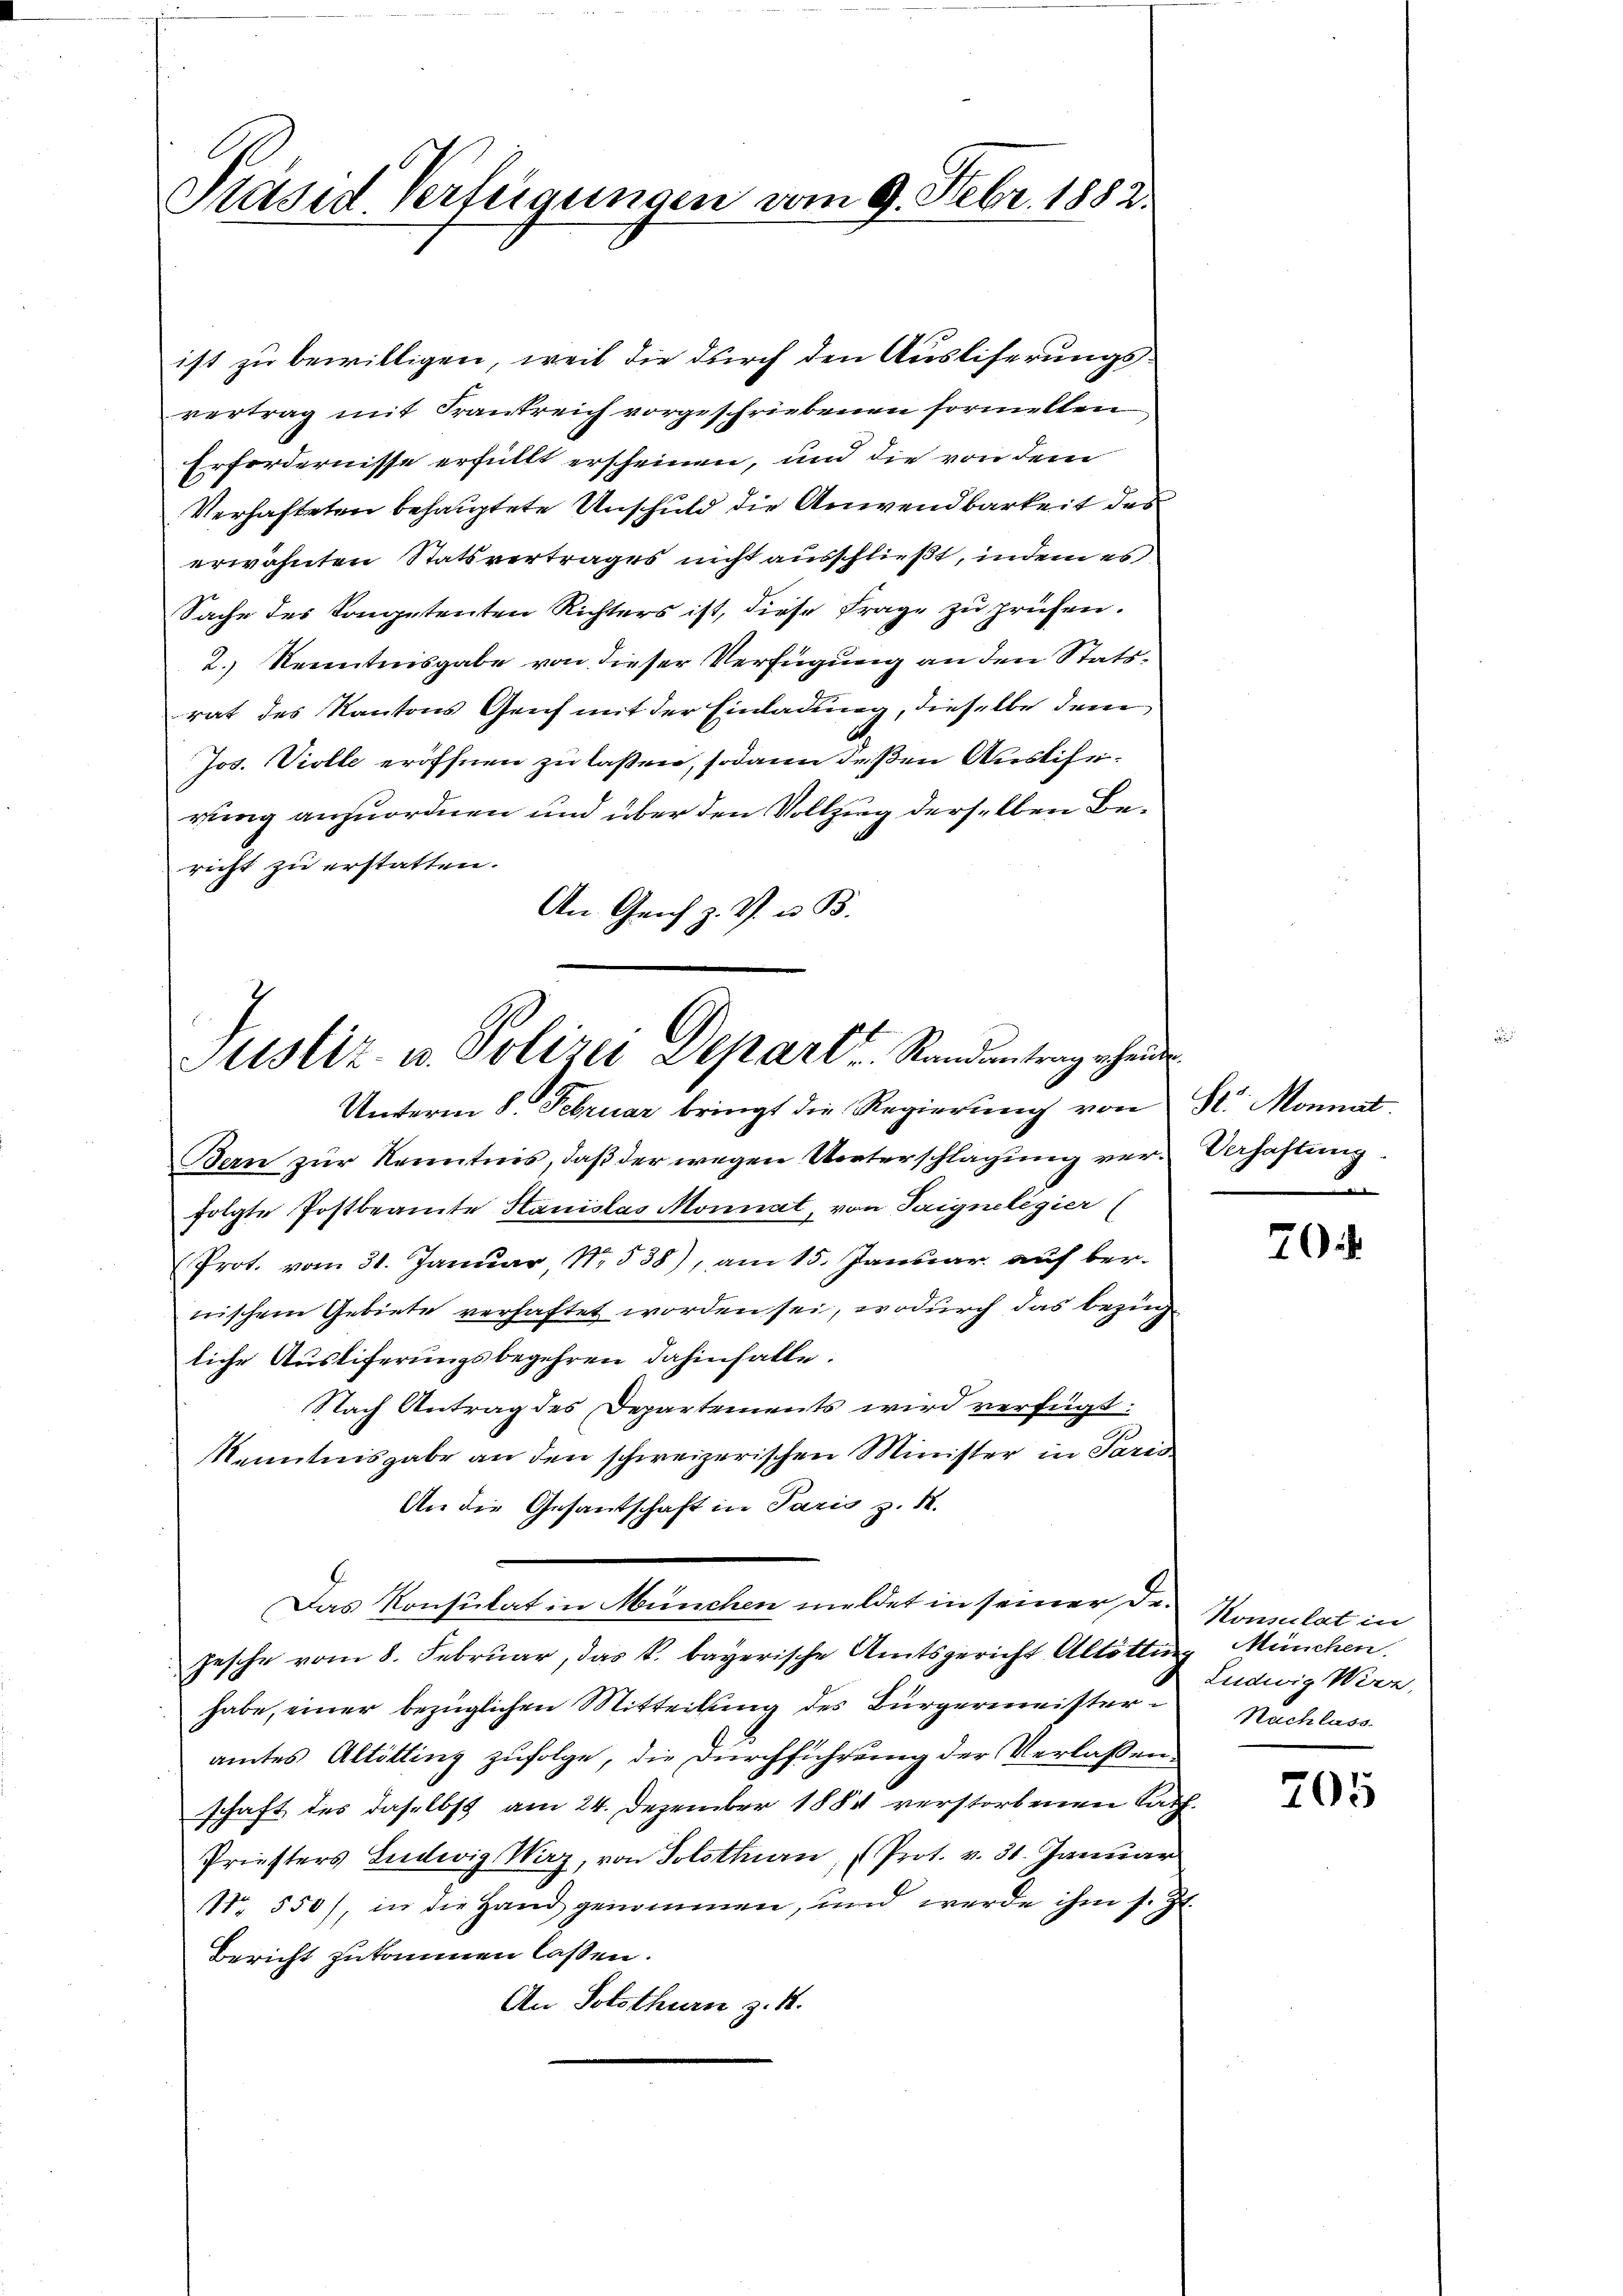
Präses Verfügungen vom 9. Febr. 1882.

ist zu bewilligen, weil die durch den Ausliserungsvertrag mit Frantreich vorgeschriebenen formellen
Erfordernisse erfüllt erscheinen, und die von dem
Verhafteten behauptete Unschuld die Anwendbarkeit des
erwähnten Statsvertrages nicht ausschließt, indem es
Sache des Kompetenten Richters ist, diese Frage zu prüfen.
2.) Kenntnisgabe von dieser Verfügung an den Statsrat des Kantons Genf mit der Einladung, dieselbe dem
Jos. Violle eröffnen zu laßen, sodann deßen Auslierung anzuordnen und über den Vollzug derselben Bericht zu erstatten.
An Geich z. Z. u. B.

Justiz- u. Polizei Depart Randantrag scheider.

Das Konsulat in München meldet in seiner Dr. Komulat in

Unterm 8. Februar bringt die Regierung von St. Monnat
Bern zur Kenntnis, daß der wegen Unterschlagung ver-Verhaftung
folgte Postbeamte Stanislas Monnat, von Taigneligier
Prot. vom 31. Januar 1538), am 15. Januar auf ber
nischem Gebiete verhaftet worden sei, wodurch das Bezugliche Austiferungsbegehren dahinfalle.
Nach Antrag des Departements wird verfügt:
Kenntnisgabe an den schweizerischen Minister in Paris
An die Gesandschaft in Paris z. B.
Jesche vom 8. Februar, das k. bayerische Amtsgericht Altötting München.
habe, einer bezüglichen Mitteilung des Bürgermeister Nachlass
amtes Altötting zufolge, die Durchführung der Verlaßenschaft des daselbst am 24. Dezember 1884 verstorbenen Sach
Priesters Ludwig Naz, von Solothurn, (Prot. v. 31. Januar
Nr. 550), in die Hand genommen, und werde ihm s. Zt.
Bericht zukommen lassen.
An Solothurn z. B.

e

20

Ludwig Wert,

705